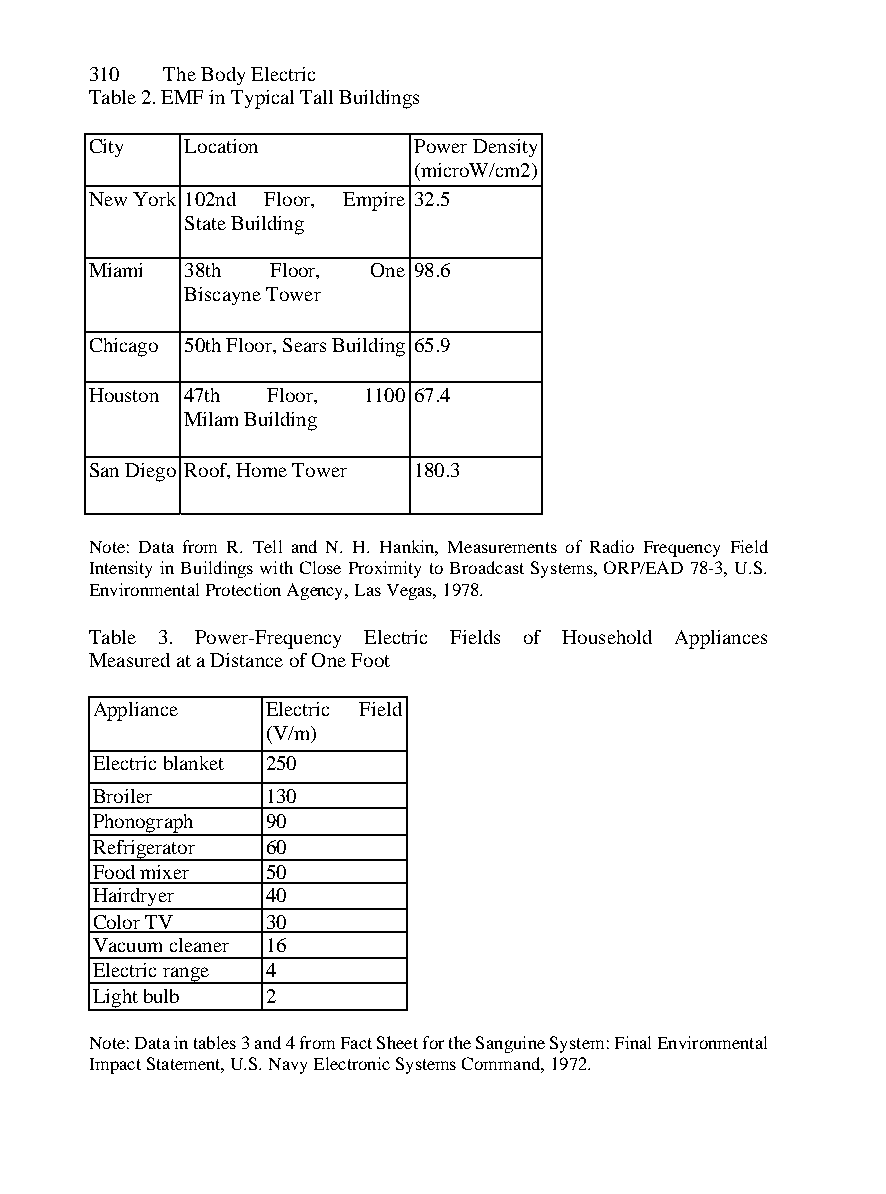
310  The Body Electric
 Table 2. EMF in Typical Tall Buildings
 City  Location       Power Density
 (microW/cm2)
 New York 102nd Floor, Empire 32.5
 State Building
 Miami 38th  Floor, One 98.6
 Biscayne Tower
 Chicago 50th Floor, Sears Building 65.9
 Houston 47th Floor, 1100 67.4
 Milam Building
 San Diego Roof, Home Tower 180.3
 Note: Data from R. Tell and N. H. Hankin, Measurements of Radio Frequency Field
 Intensity in Buildings with Close Proximity to Broadcast Systems, ORP/EAD 78-3, U.S.
 Environmental Protection Agency, Las Vegas, 1978.
 Table 3. Power-Frequency Electric Fields of Household Appliances
 Measured at a Distance of One Foot
 Appliance  Electric Field
 (V/m)
 Electric blanket 250
 Broiler    130
 Phonograph 90
 Refrigerator 60
 Food mixer 50
 Hairdryer  40
 Color TV   30
 Vacuum cleaner 16
 Electric range 4
 Light bulb 2
 Note: Data in tables 3 and 4 from Fact Sheet for the Sanguine System: Final Environmental
 Impact Statement, U.S. Navy Electronic Systems Command, 1972.